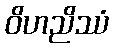
ဝိဟညိဿံ